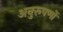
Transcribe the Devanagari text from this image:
अनुरूपणों